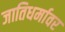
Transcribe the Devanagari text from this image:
जातिधर्मावर